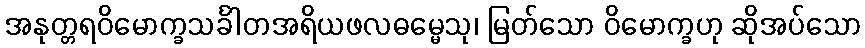
အနုတ္တရဝိမောက္ခသင်္ခါတအရိယဖလဓမ္မေသု၊ မြတ်သော ဝိမောက္ခဟု ဆိုအပ်သော